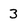
Character: 3